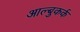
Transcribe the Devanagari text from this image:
आल्बुकर्क